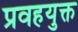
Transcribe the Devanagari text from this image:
प्रवहयुक्त